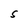
Character: S